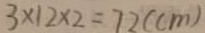
3 \times 1 2 \times 2 = 7 2 ( c m )